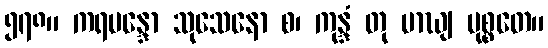
၅၇၈။ ကရမန္ဒော သုသေနော စ၊ ကုန္ဒံ တု မာဃျ မုစ္စတေ။